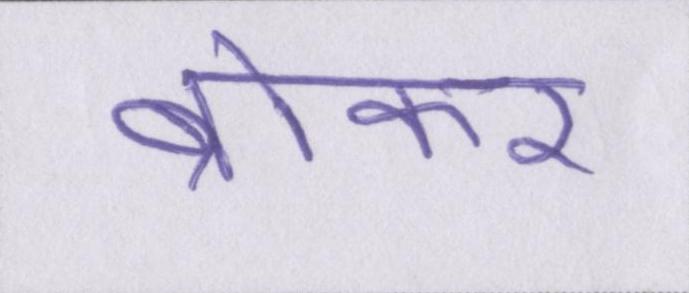
ब्रोकर